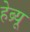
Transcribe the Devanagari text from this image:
हेब्र्यू